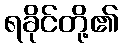
ရခိုင်တို့၏